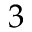
3